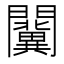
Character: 𨷨